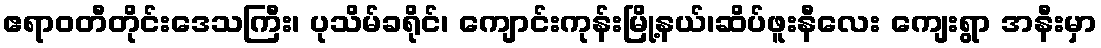
ဧရာဝတီတိုင်းဒေသကြီး၊ ပုသိမ်ခရိုင်၊ ကျောင်းကုန်းမြို့နယ်၊ဆိပ်ဖူးနီလေး ကျေးရွာ အနီးမှာ